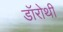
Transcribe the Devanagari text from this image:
डॉरोथी